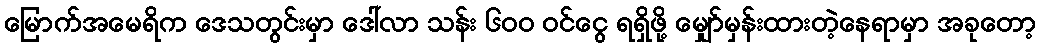
မြောက်အမေရိက ဒေသတွင်းမှာ ဒေါ်လာ သန်း ၆၀၀ ဝင်ငွေ ရရှိဖို့ မျှော်မှန်းထားတဲ့နေရာမှာ အခုတော့